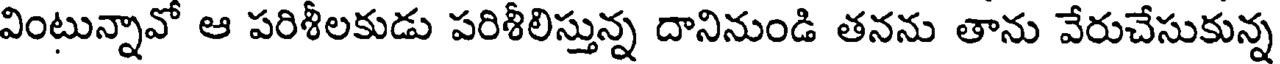
వింటున్నావో ఆ పరిశీలకుడు పరిశీలిస్తున్న దానినుండి తనను తాను వేరుచేసుకున్న